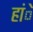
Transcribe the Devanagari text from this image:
हांे